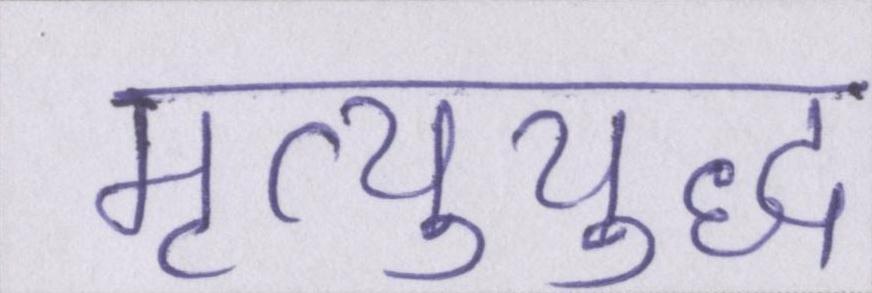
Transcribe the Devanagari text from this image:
मृत्युयुद्ध